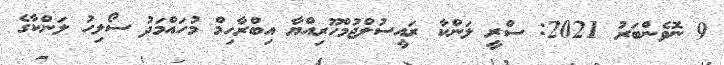
9 ނޮވެންބަރު 2021: ސްރީ ލަންކާ ރައީސުލްޖުމްހޫރިއްޔާ އިބްރާހިމް މުހައްމަދު ސޯލިހު ލަންކާގެ